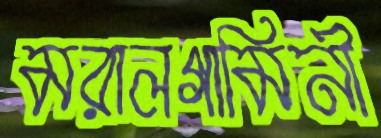
মরালগামিনী